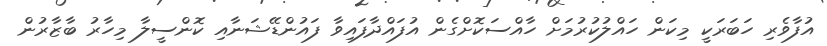
އުފާވެރި ހަބަރަކީ މިކަން ހައްލުކުރުމަށް ހާއްސަކޮށްގެން އުފައްދާފައިވާ ފައުންޑޭޝަނާއި ކޮންސީލާ މިހާރު ބާޒާރުން